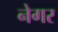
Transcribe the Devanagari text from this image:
नेगर